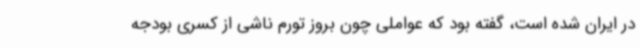
در ایران شده است، گفته بود که عواملی چون بروز تورم ناشی از کسری بودجه